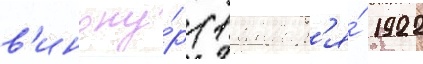
в'иноку́р (1 январ'я́ 1922